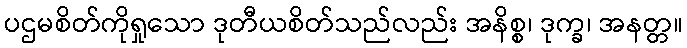
ပဌမစိတ်ကိုရှုသော ဒုတီယစိတ်သည်လည်း အနိစ္စ၊ ဒုက္ခ၊ အနတ္တ။